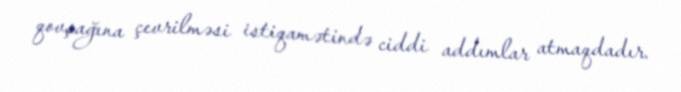
qovşağına çevrilməsi istiqamətində ciddi addımlar atmaqdadır.